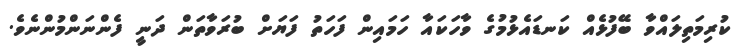
ކުރިމަތިލައްވާ ބޭފުޅެއް ކަނޑައެޅުމުގެ ވާހަކައާ ހަމައިން ފަހަތު ފަޔަށް ބުރަވާތަން ދަނީ ފެންނަންމުންނެވެ.